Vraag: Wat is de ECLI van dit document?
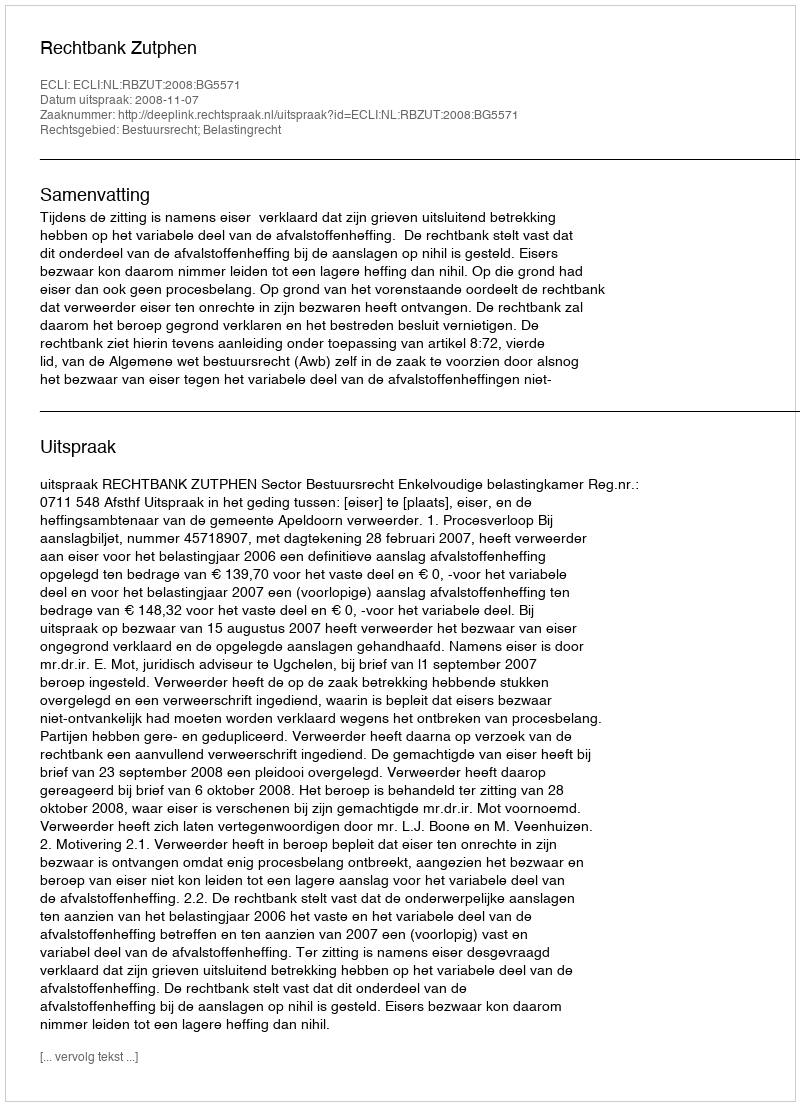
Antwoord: ECLI:NL:RBZUT:2008:BG5571